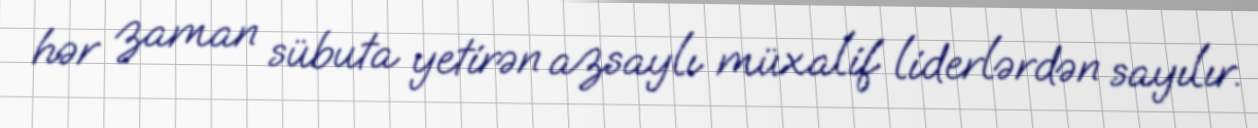
hər zaman sübuta yetirən azsaylı müxalif liderlərdən sayılır.